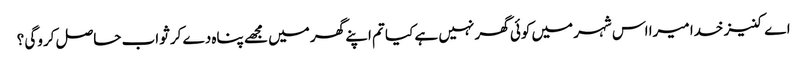
اے کنیز خدا میرا اس شہر میں کوئی گھر نہیں ہے کیا تم اپنے گھر میں مجھے پناہ دے کر ثواب حاصل کروگی ؟